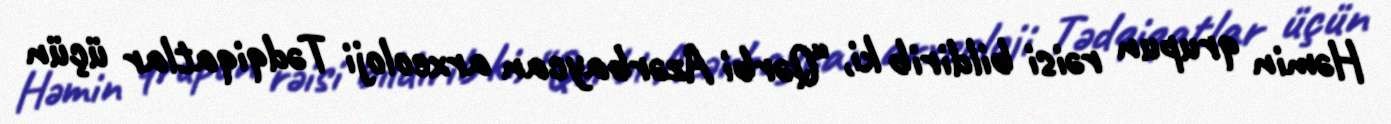
Həmin qrupun rəisi bildirib ki, “Qərbi Azərbaycan arxeoloji Tədqiqatlar üçün